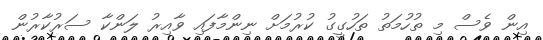
އިން ވެސް މި ތުހުމަތު ތަހުގީގު ކުރުމަށް ނިންމާފައި ވާއިރު ލަންކާ ސަރުކާރުން